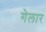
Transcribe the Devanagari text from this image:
गेलार